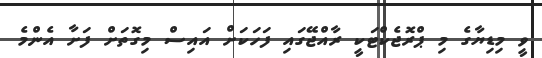
ވީ މިޑިޔާގެ މި ޕްރޮޖެކްޓަކީ ރާއްޖޭގައި ފަހަކަށް އައިސް މިގޮތަށް ފަށާ އެންމެ